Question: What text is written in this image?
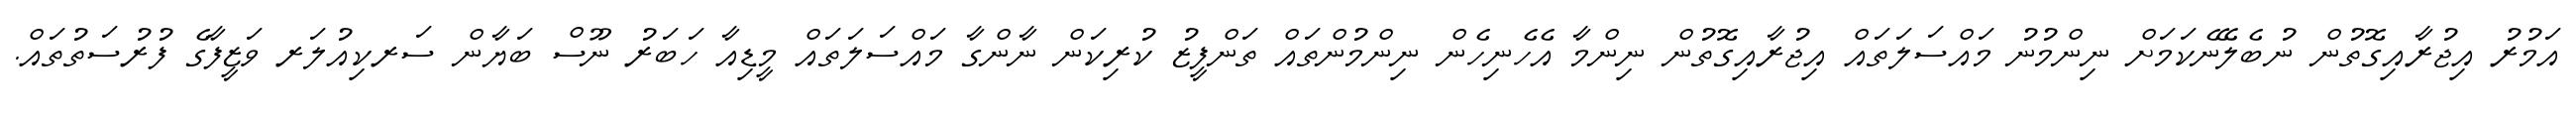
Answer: އަމުރު އިޖުރާއިގޮތުން ނުބެލޭނެކަމަށް ނިންމުނު މައްސަލަތައް އިޖުރާއިގޮތުން ނިންމާ އެހެނިހެން ނިންމުންތައް ތަންފީޒު ކުރިކަން ނާންގާ މައްސަލަތައް މީޑިއާ ހަބަރު ނޫސް ބަޔާން ސަރކިއުލަރ ވަޒީފާގެ ފުރުސަތުތައް.